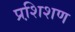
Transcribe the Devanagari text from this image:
प्रशि़शण